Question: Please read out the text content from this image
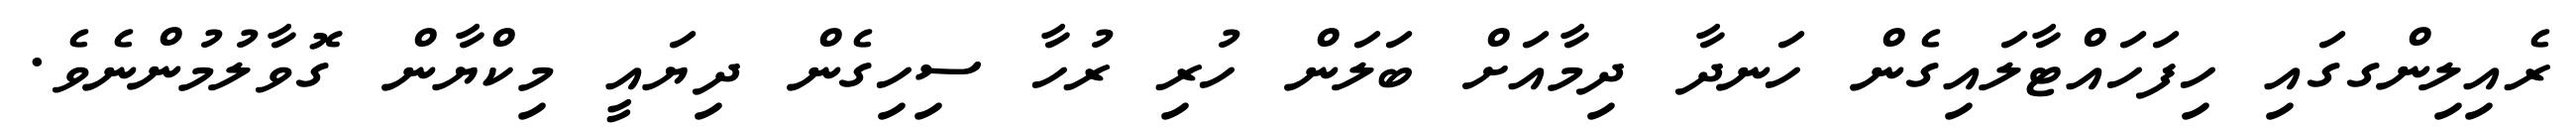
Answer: ރެއިލިންގގައި ހިފަހައްޓާލައިގެން ހަނދާ ދިމާއަށް ބަލަން ހުރި ރުހާ ސިހިގެން ދިޔައީ މިކްޔާން ގޮވާލުމުންނެވެ.